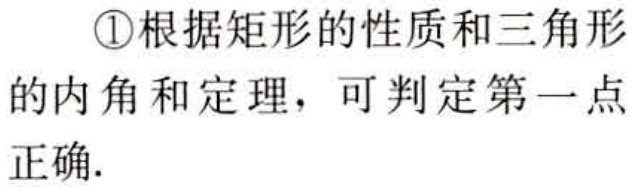
\textcircled{1}根据矩形的性质和三角形的内角和定理，可判定第一点正确.